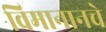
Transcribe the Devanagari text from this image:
विमानानचे